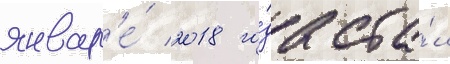
январ'е́ 2018 го́да ста́л